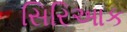
સિરિઆક